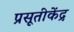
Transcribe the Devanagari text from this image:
प्रसूतीकेंद्र